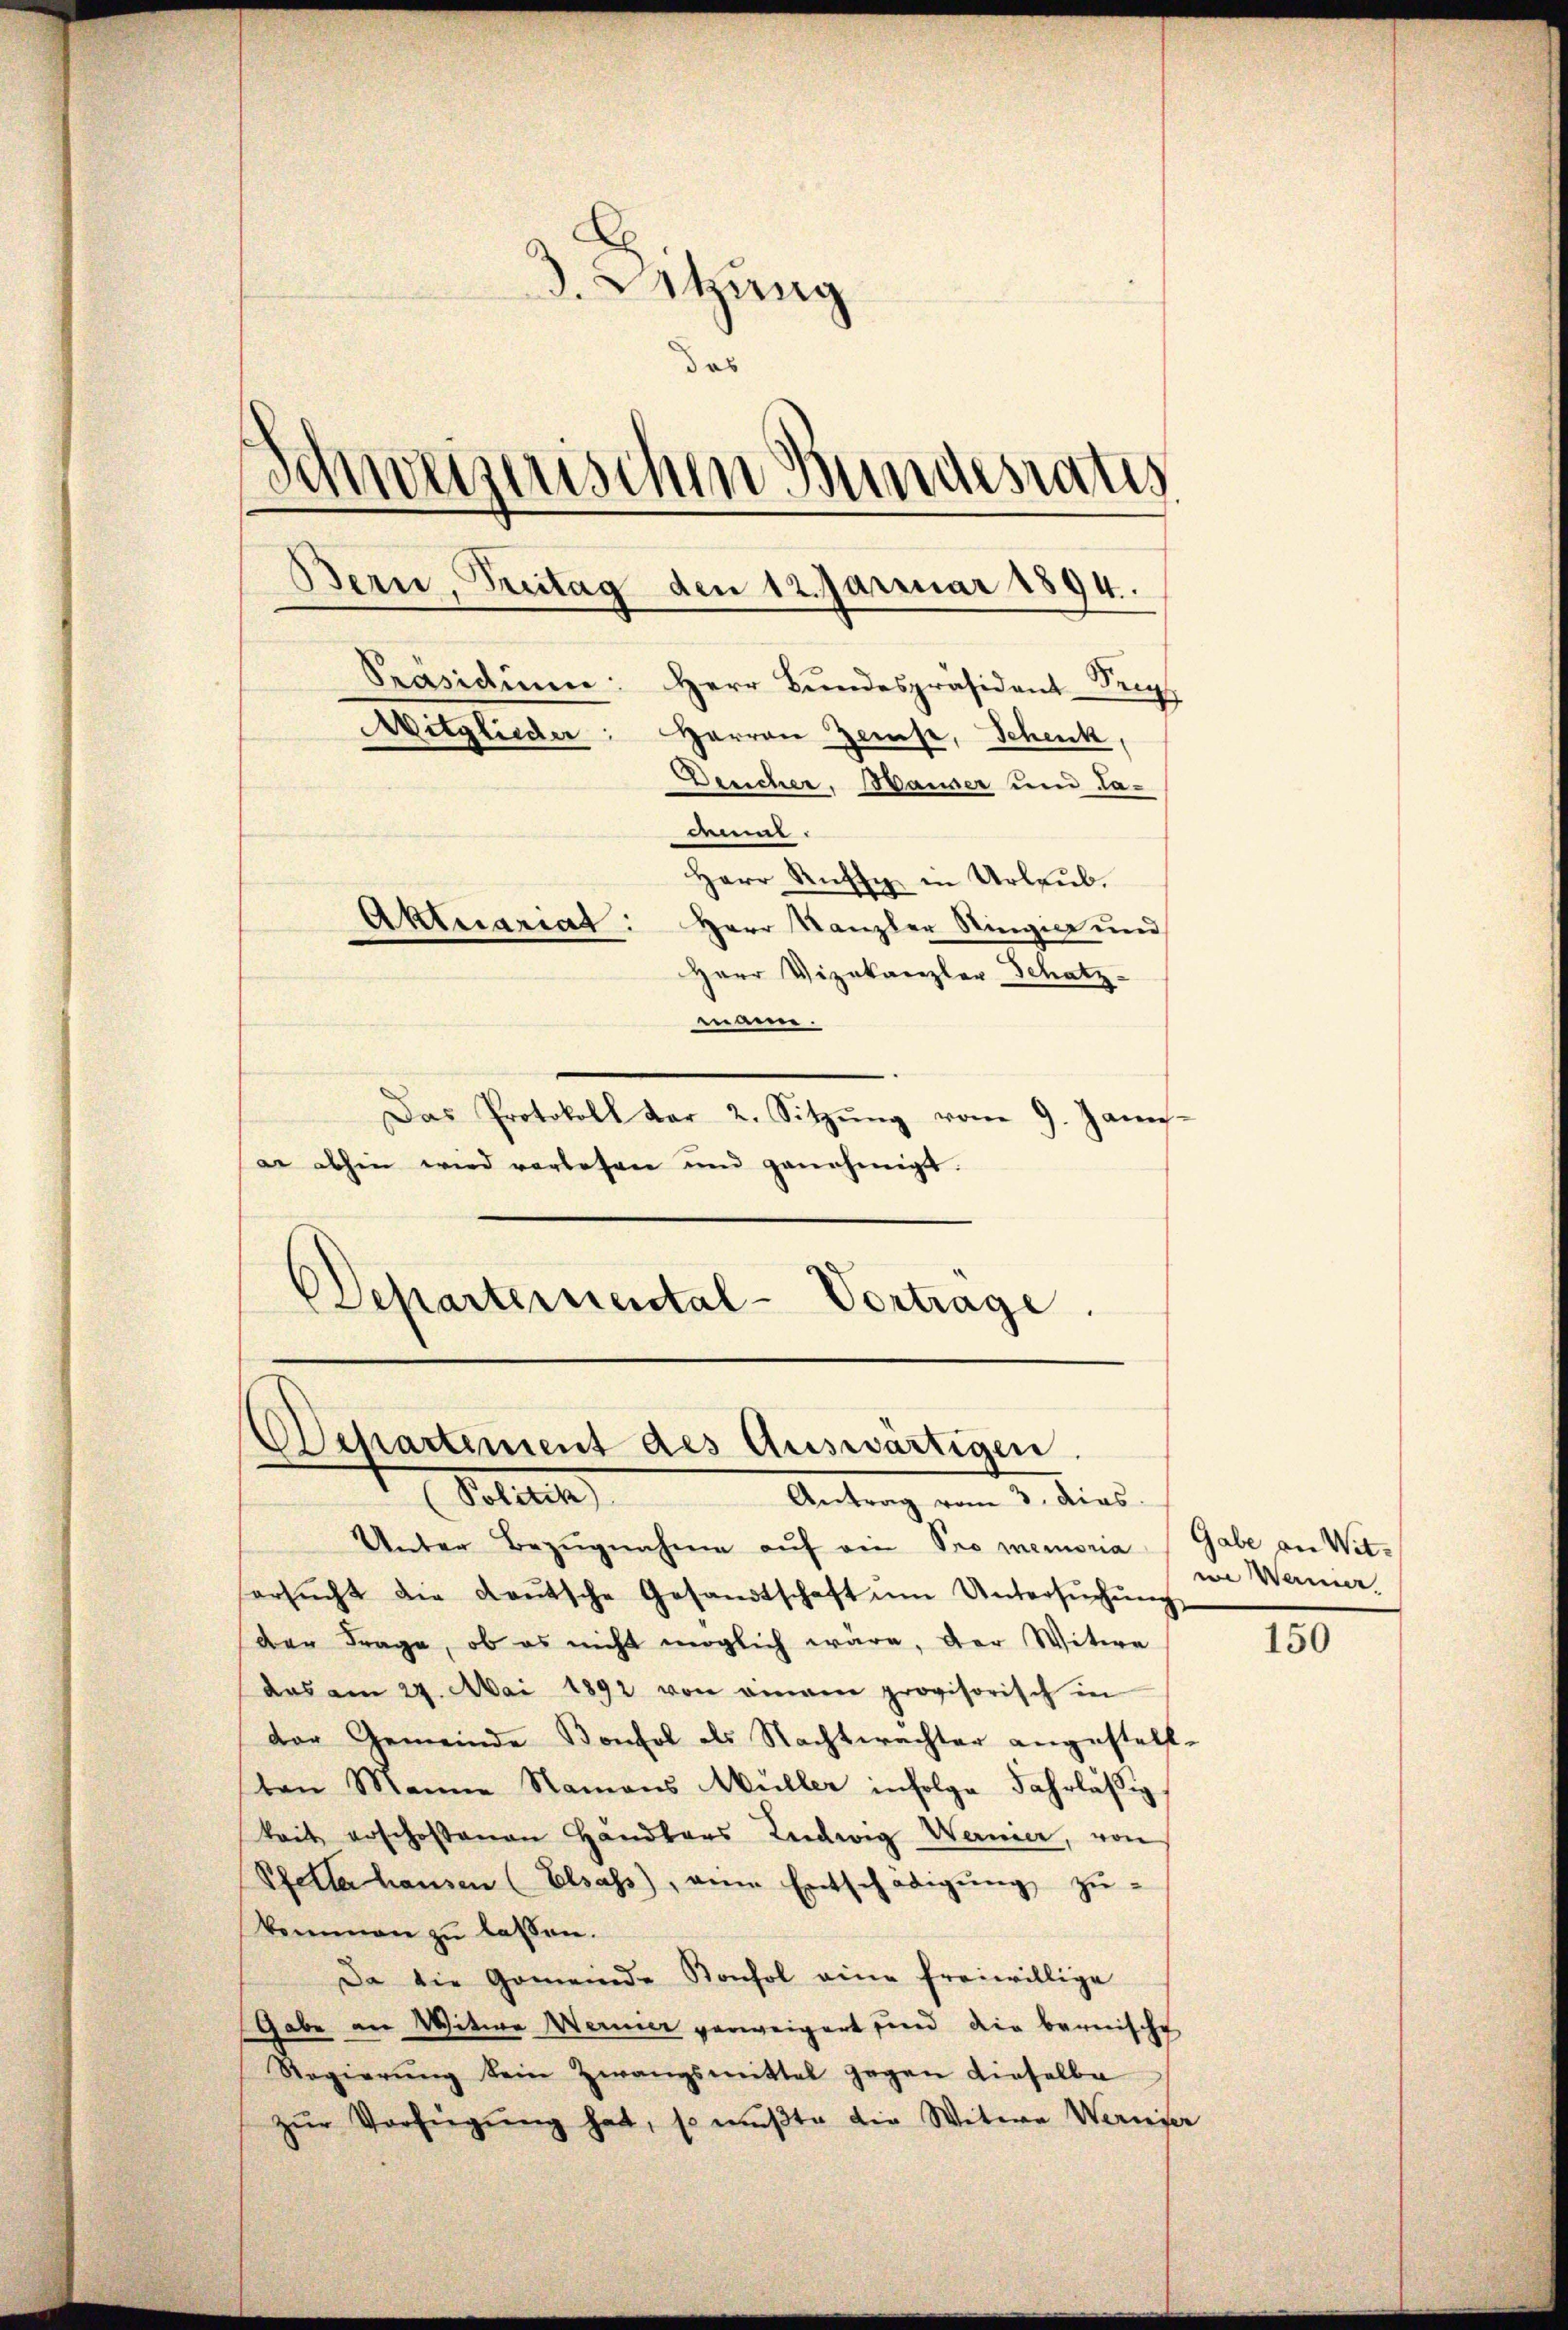
3. Sitzung
das
Schweizerischen Bundesrates
Bern, Treitag
den 12 Januar 1894.
Präsidium: Herr Bŭndespräsident-Seeg
Witglieder: Herren Zeise, Schenk
Deucher. Bauser und dament.
Herr Ruffy in Urlaub.
Aktuariat: Herr Kanzler Ringier und
Herr Vizekanzler Schatz.
mann.

Das Protokoll dar 2. Sitzŭng vom 9. Janu
a abhin wird vorlesen und genehmigt.
Departemental-Vortrage.

Departement des Auswärtigen.
Sette
Antrag vom 3. dies

Unter Bezŭgnahme aŭf ein Promemoria Gabe an Witersŭcht die deŭtsche Gesandtschaft ŭm Untersŭchŭng
der Frage, ob es nicht möglich wäre, der Witwe
das am 29. Mai 1892 von einem provisorisch in
der Gemeinde Bonfol als Nachtwachter angestellten Manne Namens Müller infolge Fahrlässig
keit erschossenen Handlers Ludwig Wernier, von
Spetta hausen (Elsass, eine Entschädigŭng zu-
kommen zŭ lassen.
Da die Gemeinde Konsol eine freiwillige
Gabe an Witwe Wernier verweigert sind die bernische
Regierŭng kein Zwangsmittel gegen dieselba
zŭr Verfügŭng hat, so mußte die Witwe Werniser

ie Wanier.

150